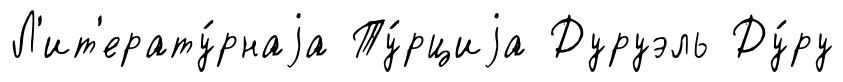
Л'ит'ерату́рнаjа Ту́рциjа Дуруэль Ду́ру